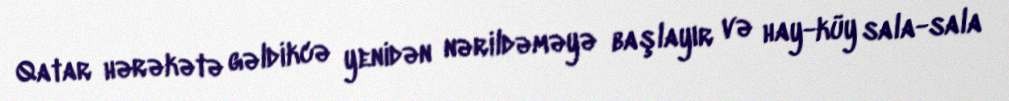
Qatar hərəkətə gəldikcə yenidən nərildəməyə başlayır və hay-küy sala-sala